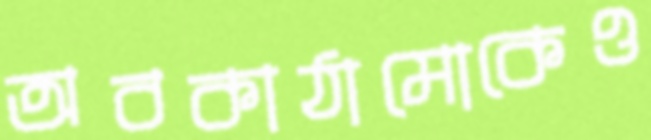
অবকাঠামোকেও